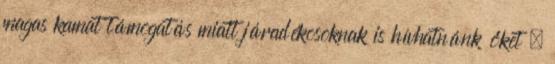
magas kamat támogatás miatt járadékosoknak is hívhatnánk őket ,